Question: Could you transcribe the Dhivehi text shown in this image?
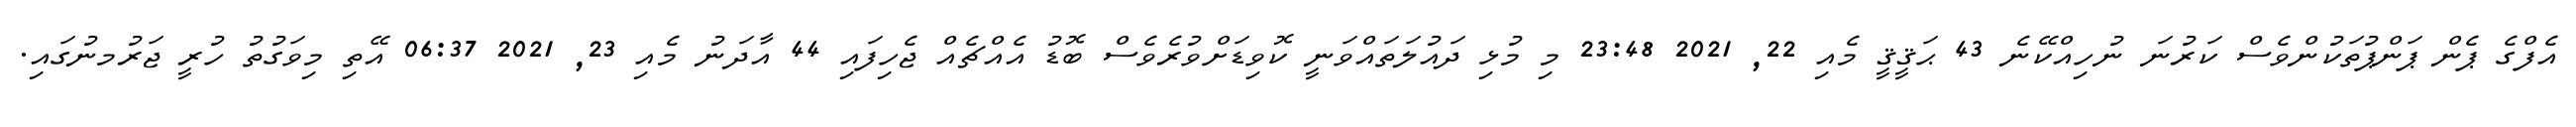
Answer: އެފްގެ ޕެން ޕަންޕުތަކުންވެސް ކަރުނަ ނުހިއްކޭނެ 43 ޙަޤީޤީ މެއި 22, 2021 23:48 މި މުޅި ދައުލަތައްވަނީ ކޮވިޑަށްވުރެވެސް ބޮޑު އެއްޗެއް ޖެހިފައި 44 އާދަނު މެއި 23, 2021 06:37 އޭތި މިވަގުތު ހުރީ ޖަރުމނުގައި.